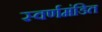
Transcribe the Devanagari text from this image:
स्वर्णमंडित